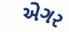
એગર